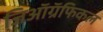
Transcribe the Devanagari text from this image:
जिऑग्रॅफिकल